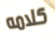
كلامه